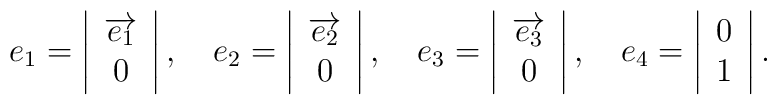
e_1=\left|\begin{array}{c}\overrightarrow{e_1} \\0\end{array}\right| ,\quad e_2=\left|\begin{array}{c}\overrightarrow{e_2} \\0\end{array}\right| ,\quad e_3=\left|\begin{array}{c}\overrightarrow{e_3} \\0\end{array}\right| ,\quad e_4=\left|\begin{array}{c}0 \\1\end{array}\right| .